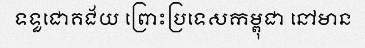
ទទួជោគជ័យ ព្រោះប្រទេសកម្ពុជា នៅមាន